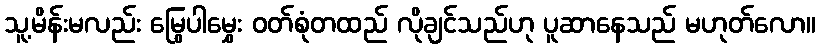
သူ့မိန်းမလည်း မြွေပါမွှေး ဝတ်စုံတထည် လိုချင်သည်ဟု ပူဆာနေသည် မဟုတ်လော။